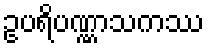
ဥပရိပဏ္ဏာသကဿ